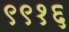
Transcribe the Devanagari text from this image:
९९१६